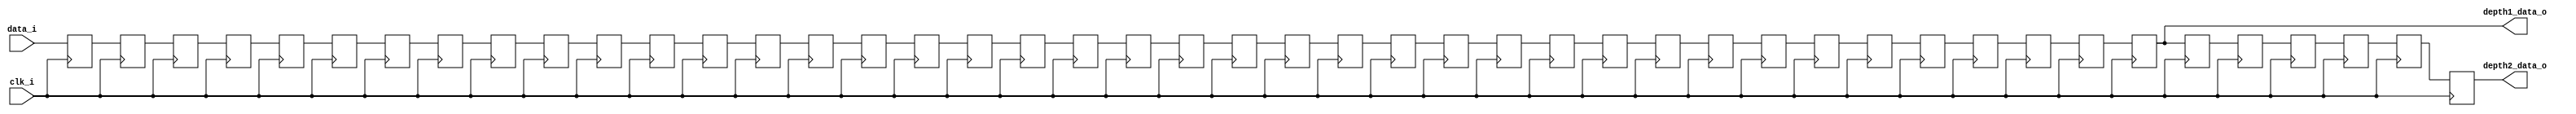
`timescale 1ns / 1ps
//////////////////////////////////////////////////////////////////////////////////
// Company: 
// Engineer: 
// 
// Design Name: 
// Module Name: data_delay
// Project Name: 
// Target Devices: 
// Tool Versions: 
// Description: 
// 
// Dependencies: 
// 
// Revision:
// Revision 0.01 - File Created
// Additional Comments:
// 
//////////////////////////////////////////////////////////////////////////////////


module data_delay
#(parameter WIDTH = 24,
  parameter DEPTH1 = 40,
  parameter DEPTH2 = 46)
(
input clk_i,
input[WIDTH-1:0] data_i,
output[WIDTH-1:0] depth1_data_o,
output[WIDTH-1:0] depth2_data_o
);

reg[WIDTH-1:0] data_d[DEPTH2:0];

always@(posedge clk_i)begin
  data_d[0] <= data_i;
end

genvar i;
generate
for(i = 0; i < DEPTH2; i = i + 1)begin:delay_gen
  always@(posedge clk_i)begin
    data_d[i+1] <= data_d[i];
  end
end
endgenerate

assign depth1_data_o = data_d[DEPTH1 - 1];
assign depth2_data_o = data_d[DEPTH2 - 1];

endmodule